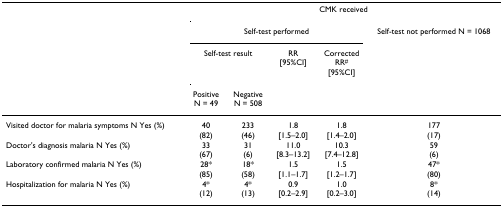
<table><thead><tr><td></td><td colspan="5"><b>CMK received</b></td></tr><tr><td></td><td colspan="4"><b>Self-test performed</b></td><td><b>Self-test not performed N = 1068</b></td></tr><tr><td></td><td colspan="2"><b>Self-test result</b></td><td><b>RR [95%CI]</b></td><td><b>Corrected RR<sup># </sup>[95%CI]</b></td><td></td></tr><tr><td></td><td><b>Positive N = 49</b></td><td><b>Negative N = 508</b></td><td></td><td></td><td></td></tr></thead><tbody><tr><td>Visited doctor for malaria symptoms N Yes (%)</td><td>40 (82)</td><td>233 (46)</td><td>1.8[1.5–2.0]</td><td>1.8 [1.4–2.0]</td><td>177 (17)</td></tr><tr><td>Doctor&#x27;s diagnosis malaria N Yes (%)</td><td>33 (67)</td><td>31 (6)</td><td>11.0 [8.3–13.2]</td><td>10.3 [7.4–12.8]</td><td>59 (6)</td></tr><tr><td>Laboratory confirmed malaria N Yes (%)</td><td>28* (85)</td><td>18* (58)</td><td>1.5[1.1–1.7]</td><td>1.5[1.2–1.7]</td><td>47* (80)</td></tr><tr><td>Hospitalization for malaria N Yes (%)</td><td>4* (12)</td><td>4* (13)</td><td>0.9[0.2–2.9]</td><td>1.0 [0.2–3.0]</td><td>8*(14)</td></tr></tbody></table>